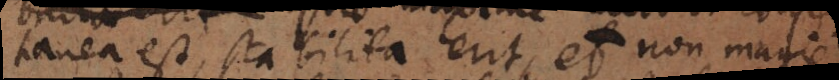
tanea est, facile stabilita erit, et non magis